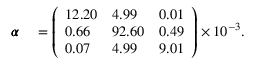
\begin{array} { r l } { \pmb { \alpha } } & { { } = \left( \begin{array} { l l l } { 1 2 . 2 0 } & { 4 . 9 9 } & { 0 . 0 1 } \\ { 0 . 6 6 } & { 9 2 . 6 0 } & { 0 . 4 9 } \\ { 0 . 0 7 } & { 4 . 9 9 } & { 9 . 0 1 } \end{array} \right) \times 1 0 ^ { - 3 } . } \end{array}